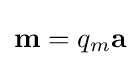
\mathbf {m} =q_{m}\mathbf {a} \,\!